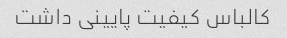
کالباس کیفیت پایینی داشت